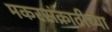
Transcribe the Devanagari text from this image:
मकरसंक्रातीच्या